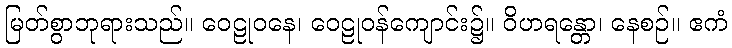
မြတ်စွာဘုရားသည်။ ဝေဠုဝနေ၊ ဝေဠုဝန်ကျောင်း၌။ ဝိဟရန္တော၊ နေစဉ်။ ဧကံ